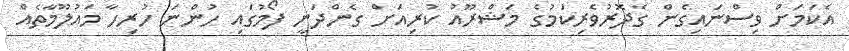
އެކަމަށް ވިސްނައިގެން ގެދޮރުވެރިކަމުގެ މަޝްރޫއު ކުރިއަށް ގެންދަނީ ފޯމުގައި ހުންނަ ހުރިހާ މައުލޫމާތެއް